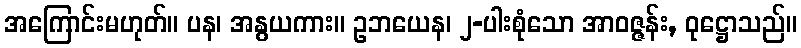
အကြောင်းမဟုတ်။ ပန၊ အနွယကား။ ဥဘယေန၊ ၂-ပါးစုံသော အာဝဇ္ဇန်း, ဝုဋ္ဌောသည်။